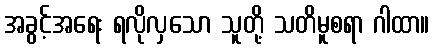
အခွင့်အရေး ရလိုလှသော သူတို့ သတိမူစရာ ဂါထာ။